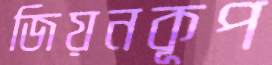
জিয়নকূপ